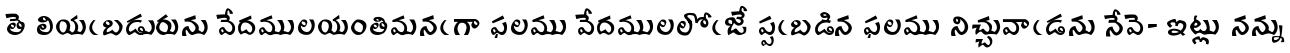
తె లియఁబడురును వేదములయంతిమనఁగా ఫలము వేదములలోఁజే ప్పఁబడిన ఫలము నిచ్చువాఁడను నేవె- ఇట్లు నన్ను